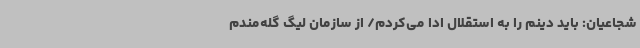
شجاعیان: باید دینم را به استقلال ادا می‌کردم/ از سازمان لیگ گله‌مندم